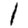
Digit: 1